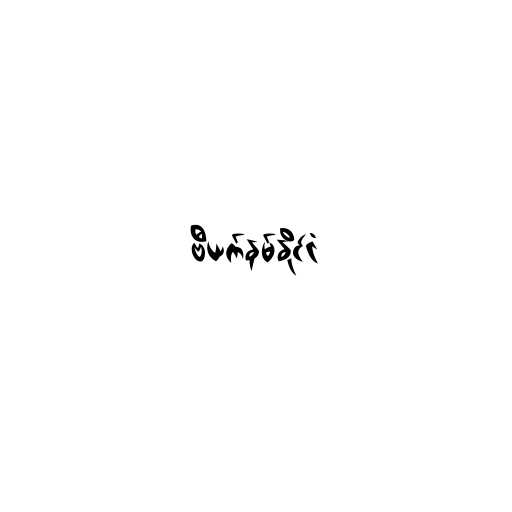
ဗီယက်နမ်နိုင်ငံ